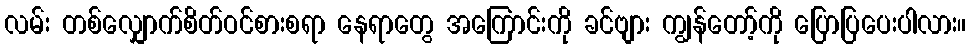
လမ်း တစ်လျှောက်စိတ်ဝင်စားစရာ နေရာတွေ အကြောင်းကို ခင်ဗျား ကျွန်တော့်ကို ပြောပြပေးပါလား။